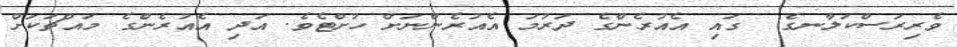
ވެރިރަސްކަލާނގެ  ގައި އެއުރެންގެ ދަރުމަ އެއުރެންނަށް ހުށްޓެވެ. އަދި އެއުރެންގެ މައްޗަކަށް